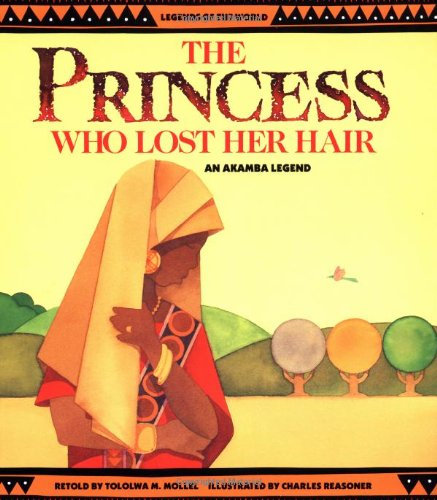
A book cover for The Princess Who Lost Her Hair: An Akamba Legend (Legends of the World); Tololwa M. Mollel; Children's Books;